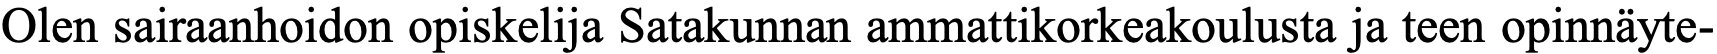
Olen sairaanhoidon opiskelija Satakunnan ammattikorkeakoulusta ja teen opinnäyte-